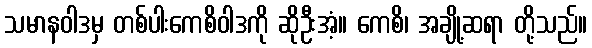
သမာနဝါဒမှ တစ်ပါးကေစိဝါဒကို ဆိုဦးအံ့။ ကေစိ၊ အချို့ဆရာ တို့သည်။